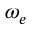
\omega _ { e }